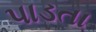
પાડતા